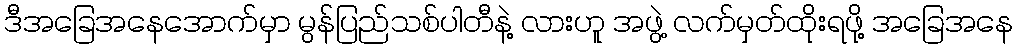
ဒီအခြေအနေအောက်မှာ မွန်ပြည်သစ်ပါတီနဲ့ လားဟူ အဖွဲ့ လက်မှတ်ထိုးရဖို့ အခြေအနေ